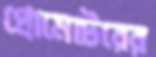
প্রোমোটরের